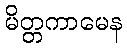
မိတ္တကာမေန